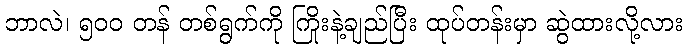
ဘာလဲ၊ ၅၀၀ တန် တစ်ရွက်ကို ကြိုးနဲ့ချည်ပြီး ထုပ်တန်းမှာ ဆွဲထားလို့လား